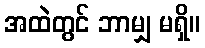
အထဲတွင် ဘာမျှ မရှိ။